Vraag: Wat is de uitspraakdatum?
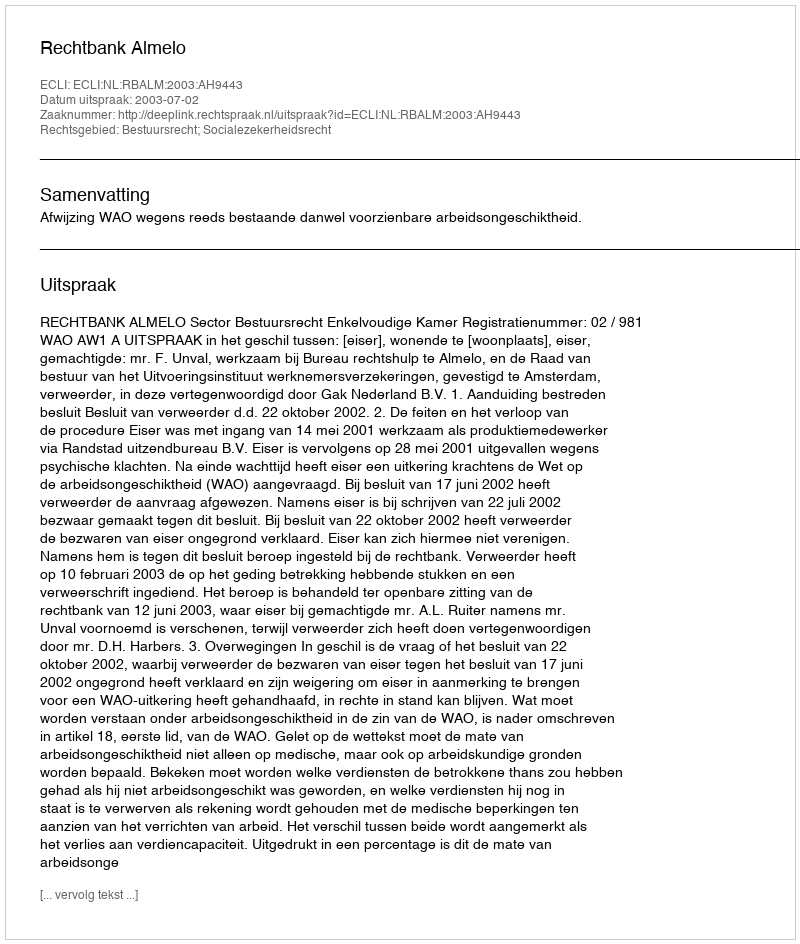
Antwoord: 2003-07-02